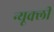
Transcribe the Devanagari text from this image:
न्यूक्ली